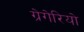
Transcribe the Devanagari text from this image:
ग्रेगेरियो